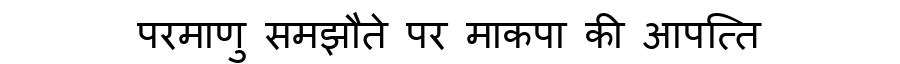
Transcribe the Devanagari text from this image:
परमाणु समझौते पर माकपा की आपत्ति